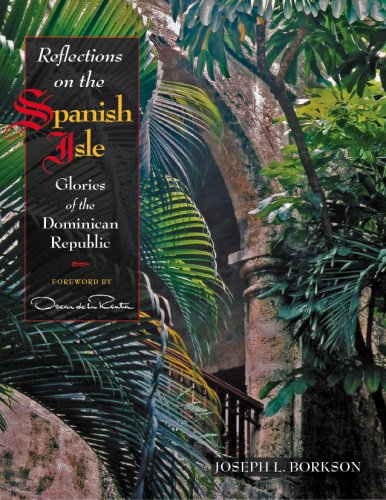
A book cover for Reflections on the Spanish Isle, Glories of the Dominican Republic; Joseph L. Borkson; Travel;